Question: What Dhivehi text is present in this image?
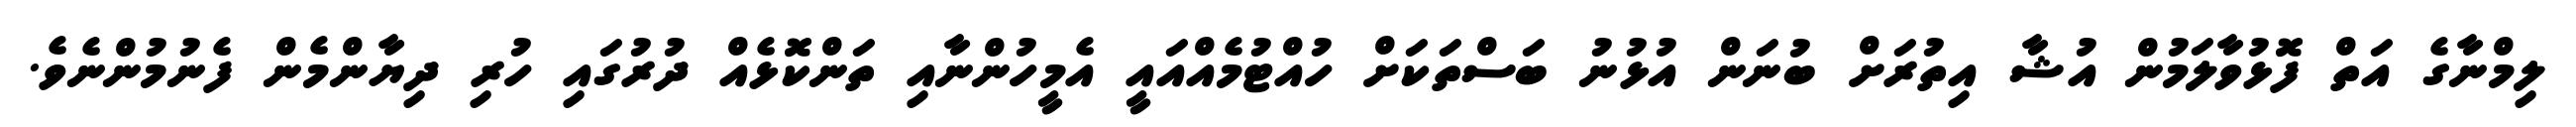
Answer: ލިމްނާގެ އަތް ފޮޅުވާލަމުން އުޝާ އިތުރަށް ބުނަން އުޅުނު ބަސްތަކަށް ހުއްޓުމެއްއައީ އެމީހުންނާއި ތަންކޮޅެއް ދުރުގައި ހުރި ދިޔާންމެން ފެނުމުންނެވެ.